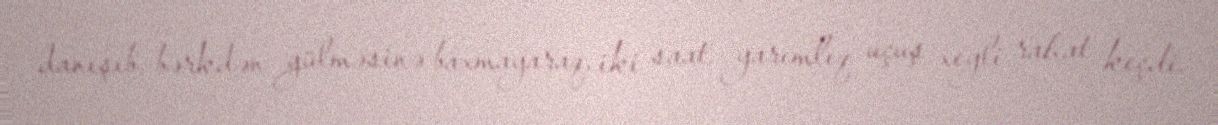
danışıb, bərkdən gülməsinə baxmayaraq, iki saat yarımlıq uçuş xeyli rahat keçdi.